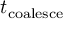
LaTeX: t _ { \mathrm { c o a l e s c e } }